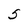
Character: 5